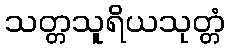
သတ္တသူရိယသုတ္တံ